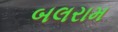
બલરામ